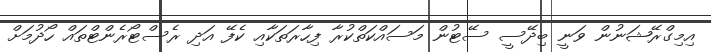
އިމިގްރޭޝަނުން ވަނީ ބިދޭސީ ސޭޓުން މަސައްކަތްކުރާ ފިހާރަތަކާއި ކެފޭ އަދި ރެސްޓޯރެންޓްތައް ހޯދުމަށް